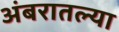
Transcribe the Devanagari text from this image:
अंबरातल्या